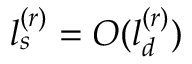
l _ { s } ^ { ( r ) } = O ( l _ { d } ^ { ( r ) } )